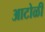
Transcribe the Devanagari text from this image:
आटोळी